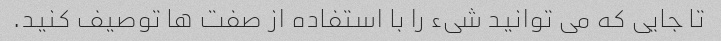
تا جایی که می توانید شیء را با استفاده از صفت ها توصیف کنید.